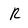
Character: r